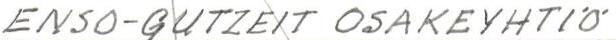
ENSO-GUTZEIT OSAKEYHTIÖ